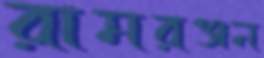
রামরঞ্জন